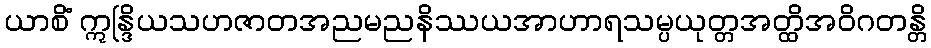
ယာစိံ ဣန္ဒြိယသဟဇာတအညမညနိဿယအာဟာရသမ္ပယုတ္တအတ္ထိအဝိဂတန္တိ